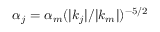
\alpha _ { j } = \alpha _ { m } ( | \boldsymbol { k } _ { j } | / | \boldsymbol { k } _ { m } | ) ^ { - 5 / 2 }